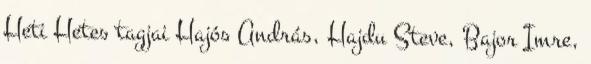
Heti Hetes tagjai Hajós András, Hajdu Steve, Bajor Imre,